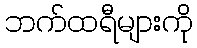
ဘက်ထရီများကို